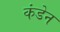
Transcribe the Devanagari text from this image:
कंडेन